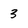
Character: 3